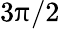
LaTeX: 3\uppi/2